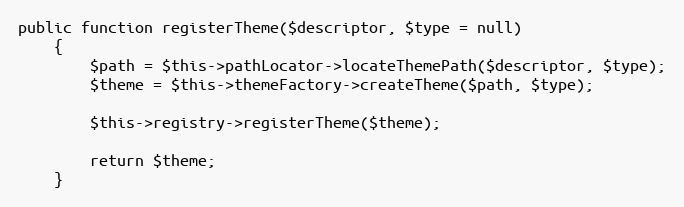
Language: PHP
public function registerTheme($descriptor, $type = null)
    {
        $path = $this->pathLocator->locateThemePath($descriptor, $type);
        $theme = $this->themeFactory->createTheme($path, $type);

        $this->registry->registerTheme($theme);

        return $theme;
    }